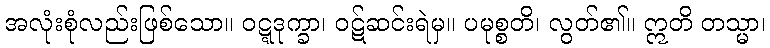
အလုံးစုံလည်းဖြစ်သော။ ဝဋ္ဋဒုက္ခာ၊ ဝဋ်ဆင်းရဲမှ။ ပမုစ္စတိ၊ လွတ်၏။ ဣတိ တသ္မာ၊